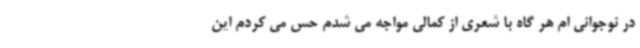
در نوجوانی ام هر گاه با شعری از کمالی مواجه می شدم حس می کردم این